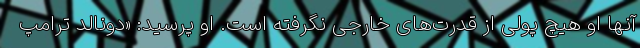
آنها او هیچ پولی از قدرت‌های خارجی نگرفته است. او پرسید: «دونالد ترامپ